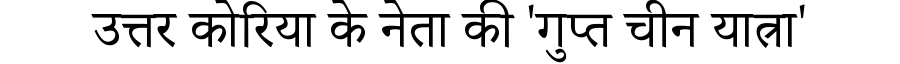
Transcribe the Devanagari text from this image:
उत्तर कोरिया के नेता की 'गुप्त चीन यात्रा'